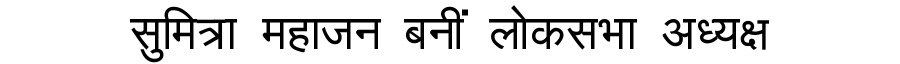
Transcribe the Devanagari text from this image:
सुमित्रा महाजन बनीं लोकसभा अध्यक्ष